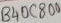
Text: B40C800